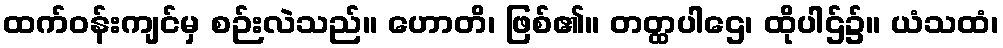
ထက်ဝန်းကျင်မှ စဉ်းလဲသည်။ ဟောတိ၊ ဖြစ်၏။ တတ္ထပါဌေ၊ ထိုပါဌ်၌။ ယံသထံ၊